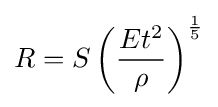
R=S\left({\frac {Et^{2}}{\rho }}\right)^{\frac {1}{5}}